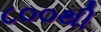
૮૦૦થી